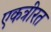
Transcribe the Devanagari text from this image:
एकत्रीरत